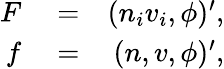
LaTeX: \begin{array}{rlr}{F}&{{}=}&{(n_{i}v_{i},\phi)^{\prime},}\\ {f}&{{}=}&{(n,v,\phi)^{\prime},}\end{array}